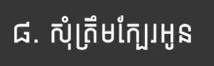
៨. សុំត្រឹមក្បែរអូន